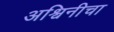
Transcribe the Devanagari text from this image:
अश्विनीचा